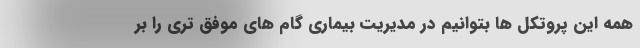
همه این پروتکل ها بتوانیم در مدیریت بیماری گام های موفق تری را بر